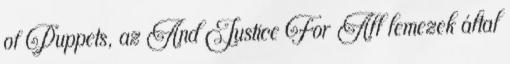
of Puppets, az And Justice For All lemezek által